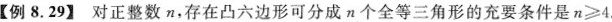
【例8.29】 对正整数n，存在凸六边形可分成n个全等三角形的充要条件是n≥4.